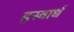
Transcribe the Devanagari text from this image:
ह्रस्वार्ध